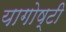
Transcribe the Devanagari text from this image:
यागोष्टी